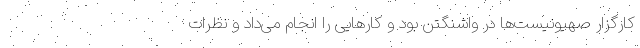
کارگزار صهیونیست‌ها در واشنگتن بود و کارهایی را انجام می‌داد و نظرات